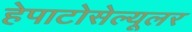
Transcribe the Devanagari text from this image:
हेपाटोसेल्यूलर